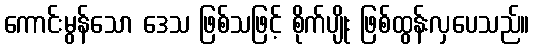
ကောင်းမွန်သော ဒေသ ဖြစ်သဖြင့် စိုက်ပျိုး ဖြစ်ထွန်းလှပေသည်။